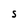
Character: S